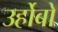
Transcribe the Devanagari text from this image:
उर्होबो